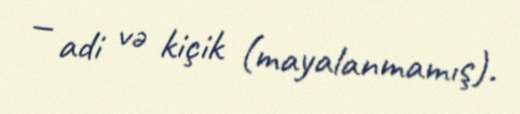
— adi və kiçik (mayalanmamış).